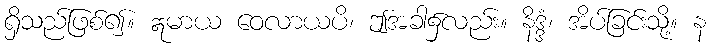
ရှိသည်ဖြစ်၍။ ဣမာယ ဝေလာယပိ၊ ဤအခါ၌လည်း။ နိဒ္ဒံ၊ အိပ်ခြင်းသို့။ န